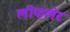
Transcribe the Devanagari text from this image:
लीफलेट